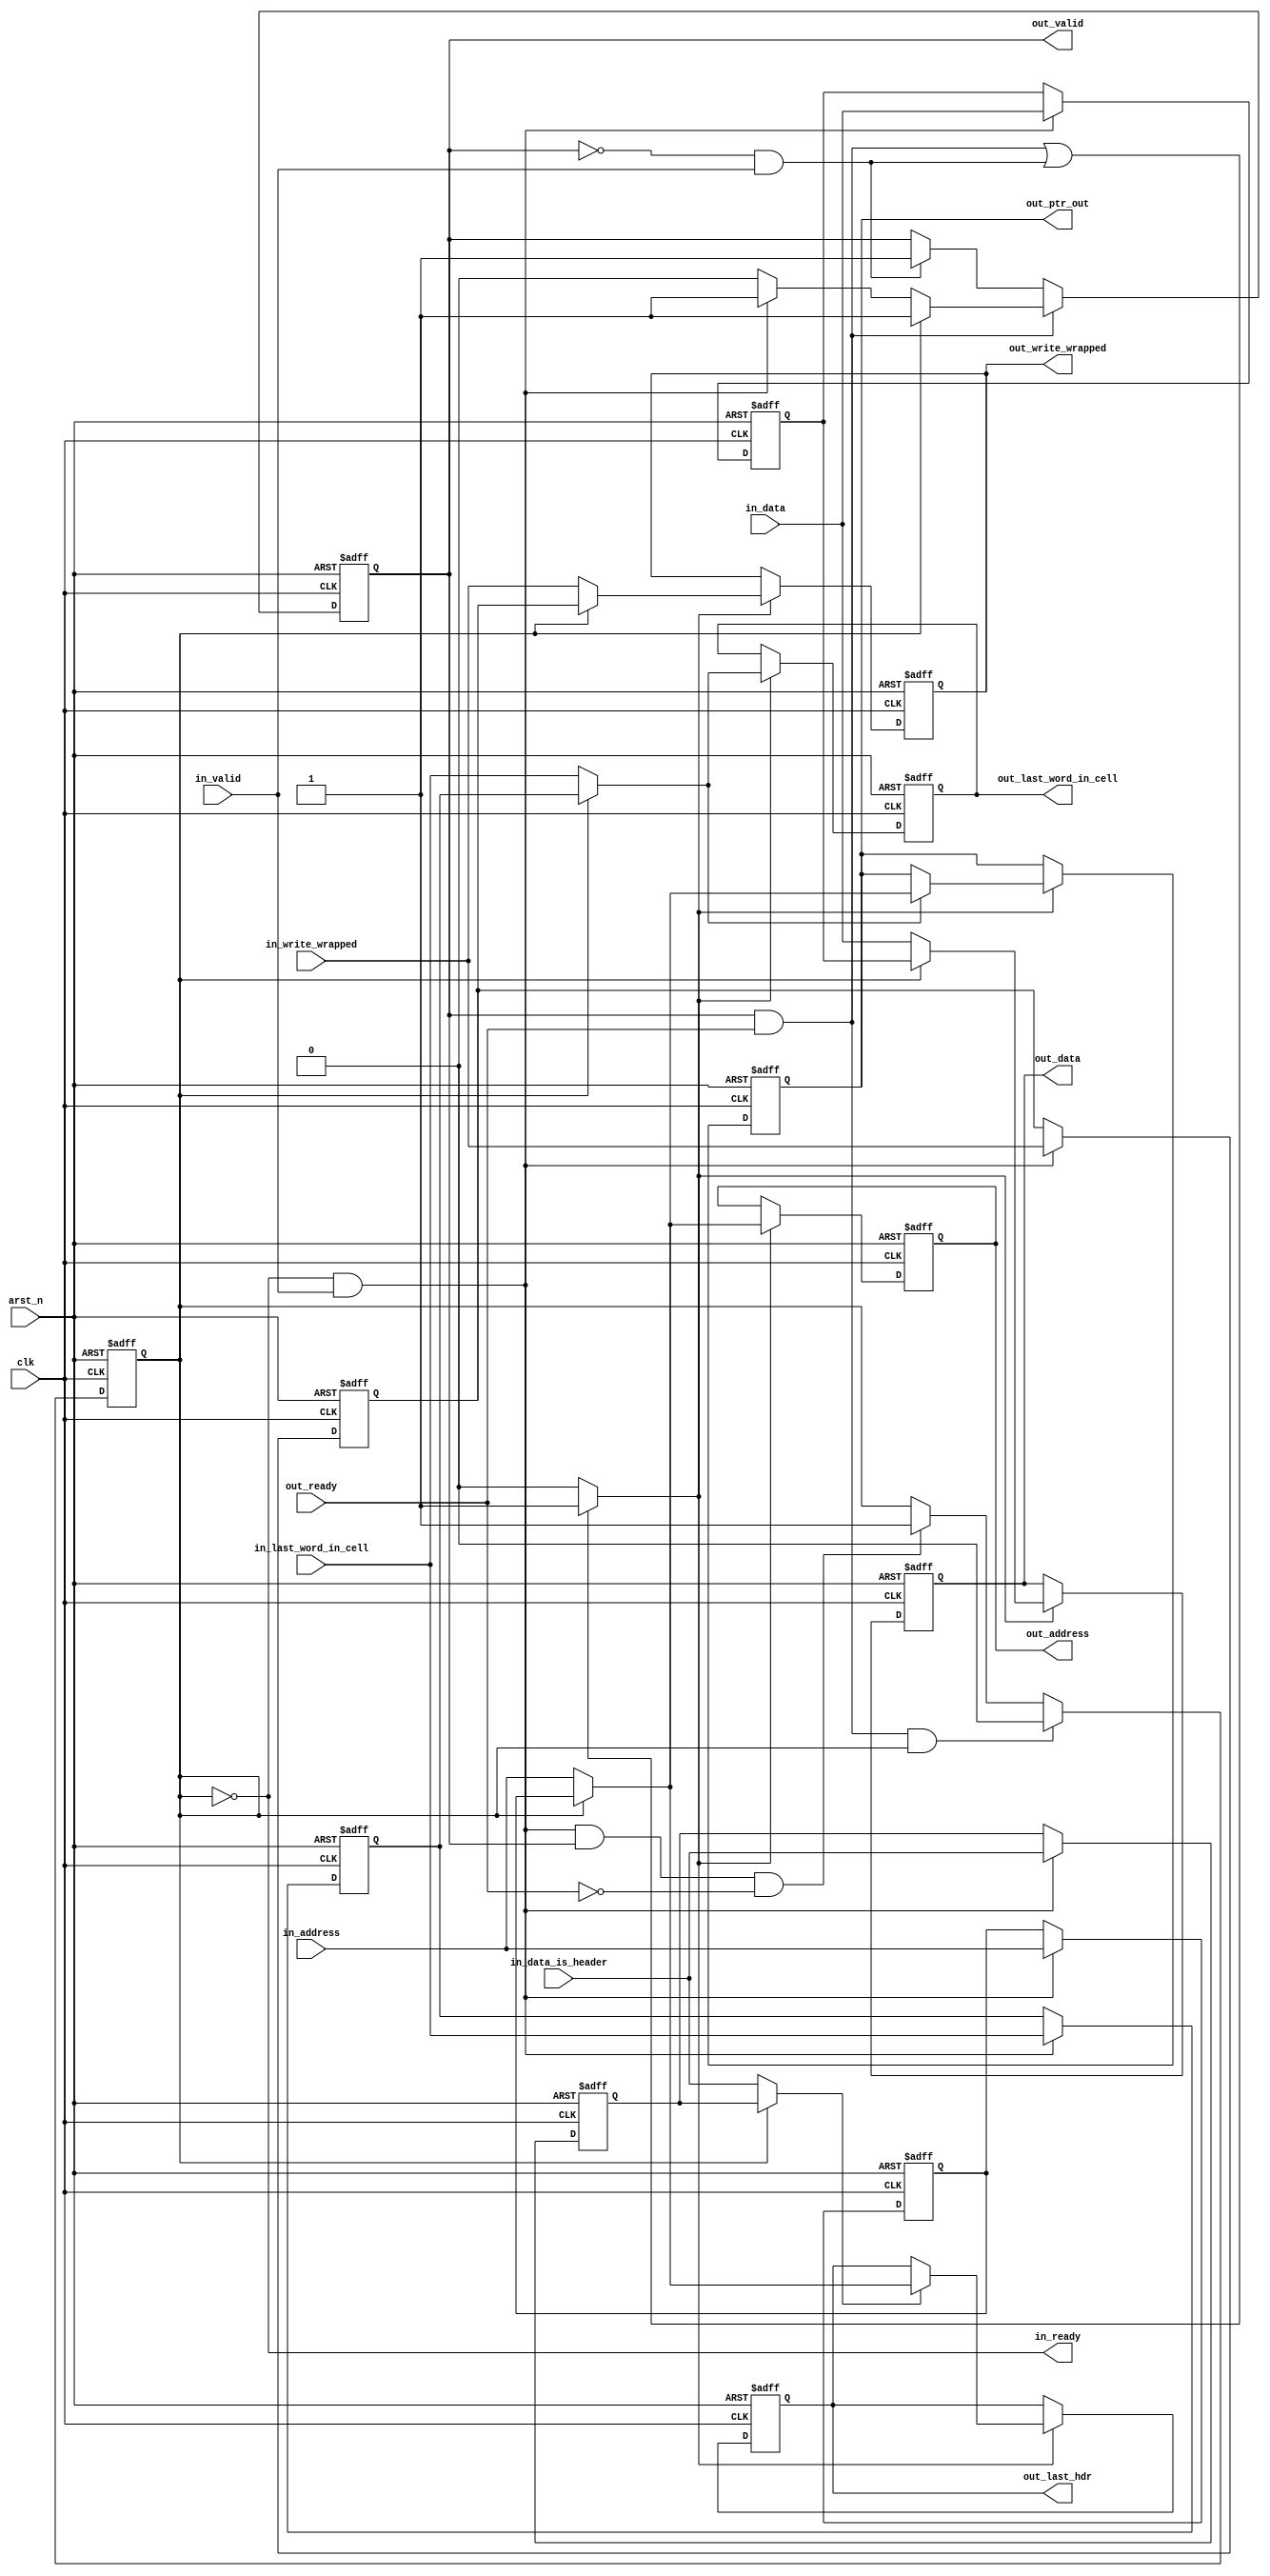
// (C) 2001-2016 Intel Corporation. All rights reserved.
// Your use of Intel Corporation's design tools, logic functions and other 
// software and tools, and its AMPP partner logic functions, and any output 
// files any of the foregoing (including device programming or simulation 
// files), and any associated documentation or information are expressly subject 
// to the terms and conditions of the Intel Program License Subscription 
// Agreement, Intel MegaCore Function License Agreement, or other applicable 
// license agreement, including, without limitation, that your use is for the 
// sole purpose of programming logic devices manufactured by Intel and sold by 
// Intel or its authorized distributors.  Please refer to the applicable 
// agreement for further details.


// notionally this is an avalon streaming pipeline stage with RL0 in and out
//  However it also does some calculations for some of the outputs. (out_ptr_out & out_last_hdr)
//
//      general description:
//
//     2 main register stages: one on the output, one as a pipeline stage to hold the data when the output register cannot.
//
//                             _____
//                            |     |
//                   ---------|>    |
//                 ___________|     |
//                |           |     |-----                   | pl_is_valid
//                |           |_____|     |                  |                           _____
//                |                       |   sigs named   |\|                          |     |
//       ---------+-----------------+     |   pl_?????     | \                      ----|>    |
//                                  |     +----------------|  |                         |     |
//                                  |                      |  |-------------------------|     | --------
//                                  +----------------------|  |   int_??????            |_____|
//                                                         | /     signal name prefixed with int_ 
//                                                         |/
//

module altera_trace_wr_control_pl_stage #(
    parameter ADDR_WIDTH               = 8,
    parameter DATA_WIDTH               = 64,
    parameter MAX_ADDR                 = 3
) (
    input  wire                            clk,
    input  wire                            arst_n,

    output wire                            in_ready,
    input  wire                            in_valid,
    input  wire           [ADDR_WIDTH-1:0] in_address,
    input  wire           [DATA_WIDTH-1:0] in_data,
    input  wire                            in_last_word_in_cell,
    input  wire                            in_data_is_header,
    input  wire                            in_write_wrapped,



    input  wire                             out_ready,
    output reg                              out_valid,
    output reg             [ADDR_WIDTH-1:0] out_address,
    output reg             [DATA_WIDTH-1:0] out_data,
    output reg             [ADDR_WIDTH-1:0] out_ptr_out,
    output reg             [ADDR_WIDTH-1:0] out_last_hdr,
    output reg                              out_write_wrapped,
    output reg                              out_last_word_in_cell
);


reg [DATA_WIDTH-1:0] int_data;
reg [ADDR_WIDTH-1:0] int_addr;
reg                  int_last_word_in_cell;
reg                  int_in_data_is_header;
reg                  int_in_write_wrapped;


reg [DATA_WIDTH-1:0] pl_data;
reg [ADDR_WIDTH-1:0] pl_addr;
reg                  pl_last_word_in_cell;
reg                  pl_in_data_is_header;
reg                  pl_in_write_wrapped;

reg                  pl_is_valid;


assign in_ready = ~pl_is_valid;

// pipeline stage for incomming data.
always @(posedge clk or negedge arst_n) begin
    if (~arst_n) begin
         pl_data              <= {DATA_WIDTH{1'b0}};
         pl_addr              <= {ADDR_WIDTH{1'b0}};
         pl_last_word_in_cell <= 1'b0;
         pl_in_data_is_header <= 1'b0;
         pl_in_write_wrapped  <= 1'b0;
    end else begin
        if (in_ready & in_valid) begin
         pl_data              <= in_data;
         pl_addr              <= in_address;
         pl_last_word_in_cell <= in_last_word_in_cell;
         pl_in_data_is_header <= in_data_is_header;
         pl_in_write_wrapped  <= in_write_wrapped;
        end
    end
end

// mux based on pl_is_valid,   I.e. do we use data from the pipeline stage or from the input.
always @(*) begin
    if (pl_is_valid) begin
        int_data              = pl_data;
        int_addr              = pl_addr;
        int_last_word_in_cell = pl_last_word_in_cell;
        int_in_data_is_header = pl_in_data_is_header;
        int_in_write_wrapped  = pl_in_write_wrapped;
    end else begin
        int_data              = in_data;
        int_addr              = in_address;
        int_last_word_in_cell = in_last_word_in_cell;
        int_in_data_is_header = in_data_is_header;
        int_in_write_wrapped  = in_write_wrapped;
    end
end


wire update_ouptuts;
assign update_ouptuts = ( (out_valid & out_ready) || (~out_valid & in_valid)) ? 1'b1 : 1'b0;

// output registers.
always @(posedge clk or negedge arst_n) begin
    if (~arst_n) begin
        out_address           <= {ADDR_WIDTH{1'b0}};
        out_data              <= {DATA_WIDTH{1'b0}};
        out_ptr_out           <= MAX_ADDR[ADDR_WIDTH-1:0];
        out_last_hdr          <= {ADDR_WIDTH{1'b0}};
        out_write_wrapped     <= 1'b0;
        out_last_word_in_cell <= 1'b0;
    end else begin
        if (update_ouptuts) begin
        	out_last_word_in_cell <= int_last_word_in_cell;
            out_data              <= int_data;
            out_address           <= int_addr;
            out_write_wrapped     <= int_in_write_wrapped;
            if (int_last_word_in_cell) begin
                out_ptr_out    <= int_addr;
            end

            if (int_in_data_is_header) begin
                out_last_hdr   <= int_addr;
            end
        end
    end
end


// control for out_valid and pl_is_valid.
always @(posedge clk or negedge arst_n) begin
    if (~arst_n) begin
        pl_is_valid    <= 1'b0;
        out_valid      <= 1'b0;
    end else begin
        if (out_valid & out_ready & pl_is_valid) begin
            pl_is_valid <= 1'b0;
        end else if (in_ready & in_valid & out_valid & ~out_ready) begin
            pl_is_valid <= 1'b1;
        end

        if (out_valid & out_ready) begin
            out_valid <= 1'b0;
            if (pl_is_valid) begin
                out_valid <= 1'b1;
            end else if (in_ready & in_valid) begin
                out_valid <= 1'b1;
            end
        end else if (~out_valid & in_valid) begin
            out_valid <= 1'b1;
        end
    end
end


endmodule